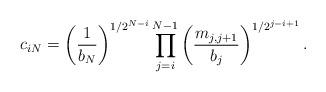
LaTeX: \begin{align*}c_{iN}=\left( \frac{1}{b_{N}}\right) ^{1/2^{N-i}}\prod_{j=i}^{N-1}\left(\frac{m_{j,j+1}}{b_{j}}\right) ^{1/2^{j-i+1}}. \end{align*}